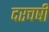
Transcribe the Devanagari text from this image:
दरचर्षी